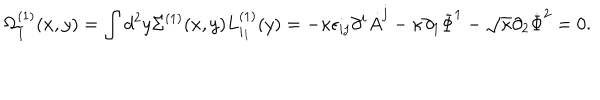
LaTeX: \Omega _ { \bar { 1 } } ^ { ( 1 ) } ( x , y ) = \int d ^ { 2 } y \Sigma ^ { ( 1 ) } ( x , y ) L _ { i _ { 1 } } ^ { ( 1 ) } ( y ) = - \kappa \epsilon _ { i j } \partial ^ { i } \dot { A } ^ { j } - \kappa \partial _ { 1 } \dot { \Phi } ^ { 1 } - { \sqrt \kappa } \partial _ { 2 } \dot { \Phi } ^ { 2 } = 0 .